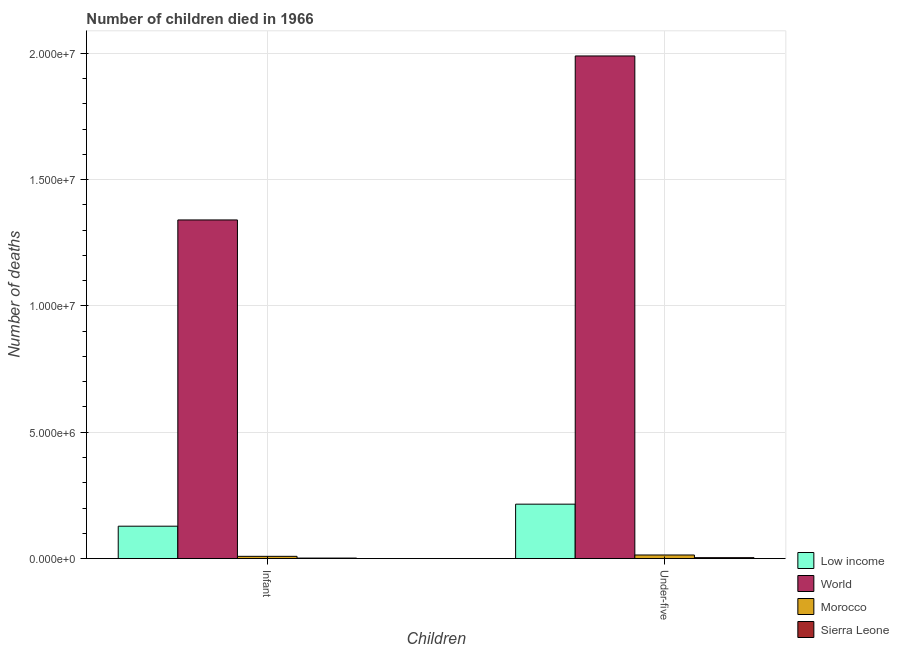
| Children | Low income | World | Morocco | Sierra Leone |
 | --- | --- | --- | --- | --- |
 | Infant | 1.28e+06 | 1.34e+07 | 8.85e+04 | 2e+04 |
 | Under-five | 2.15e+06 | 1.99e+07 | 1.41e+05 | 3.61e+04 |